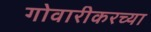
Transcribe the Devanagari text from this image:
गोवारीकरच्या